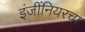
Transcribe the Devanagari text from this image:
इंजींनियरचा